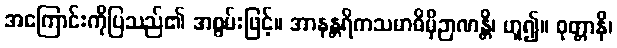
အကြောင်းကိုပြသည်၏ အစွမ်းဖြင့်။ အာနန္တရိကသမာဓိမှိဉာဏန္တိ၊ ဟူ၍။ ဝုတ္တာနိ၊